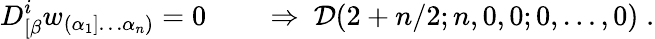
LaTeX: D_{[\beta}^{i}w_{(\alpha_{1}]\ldots\alpha_{n})}=0\qquad\Rightarrow\ {\cal D}(2+n/2;n,0,0;0,\ldots,0)\; .